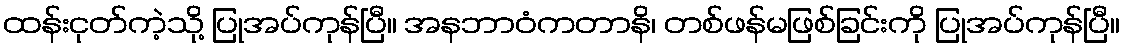
ထန်းငုတ်ကဲ့သို့ ပြုအပ်ကုန်ပြီ။ အနဘာဝံကတာနိ၊ တစ်ဖန်မဖြစ်ခြင်းကို ပြုအပ်ကုန်ပြီ။